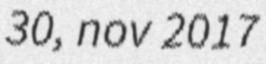
30, nov 2017